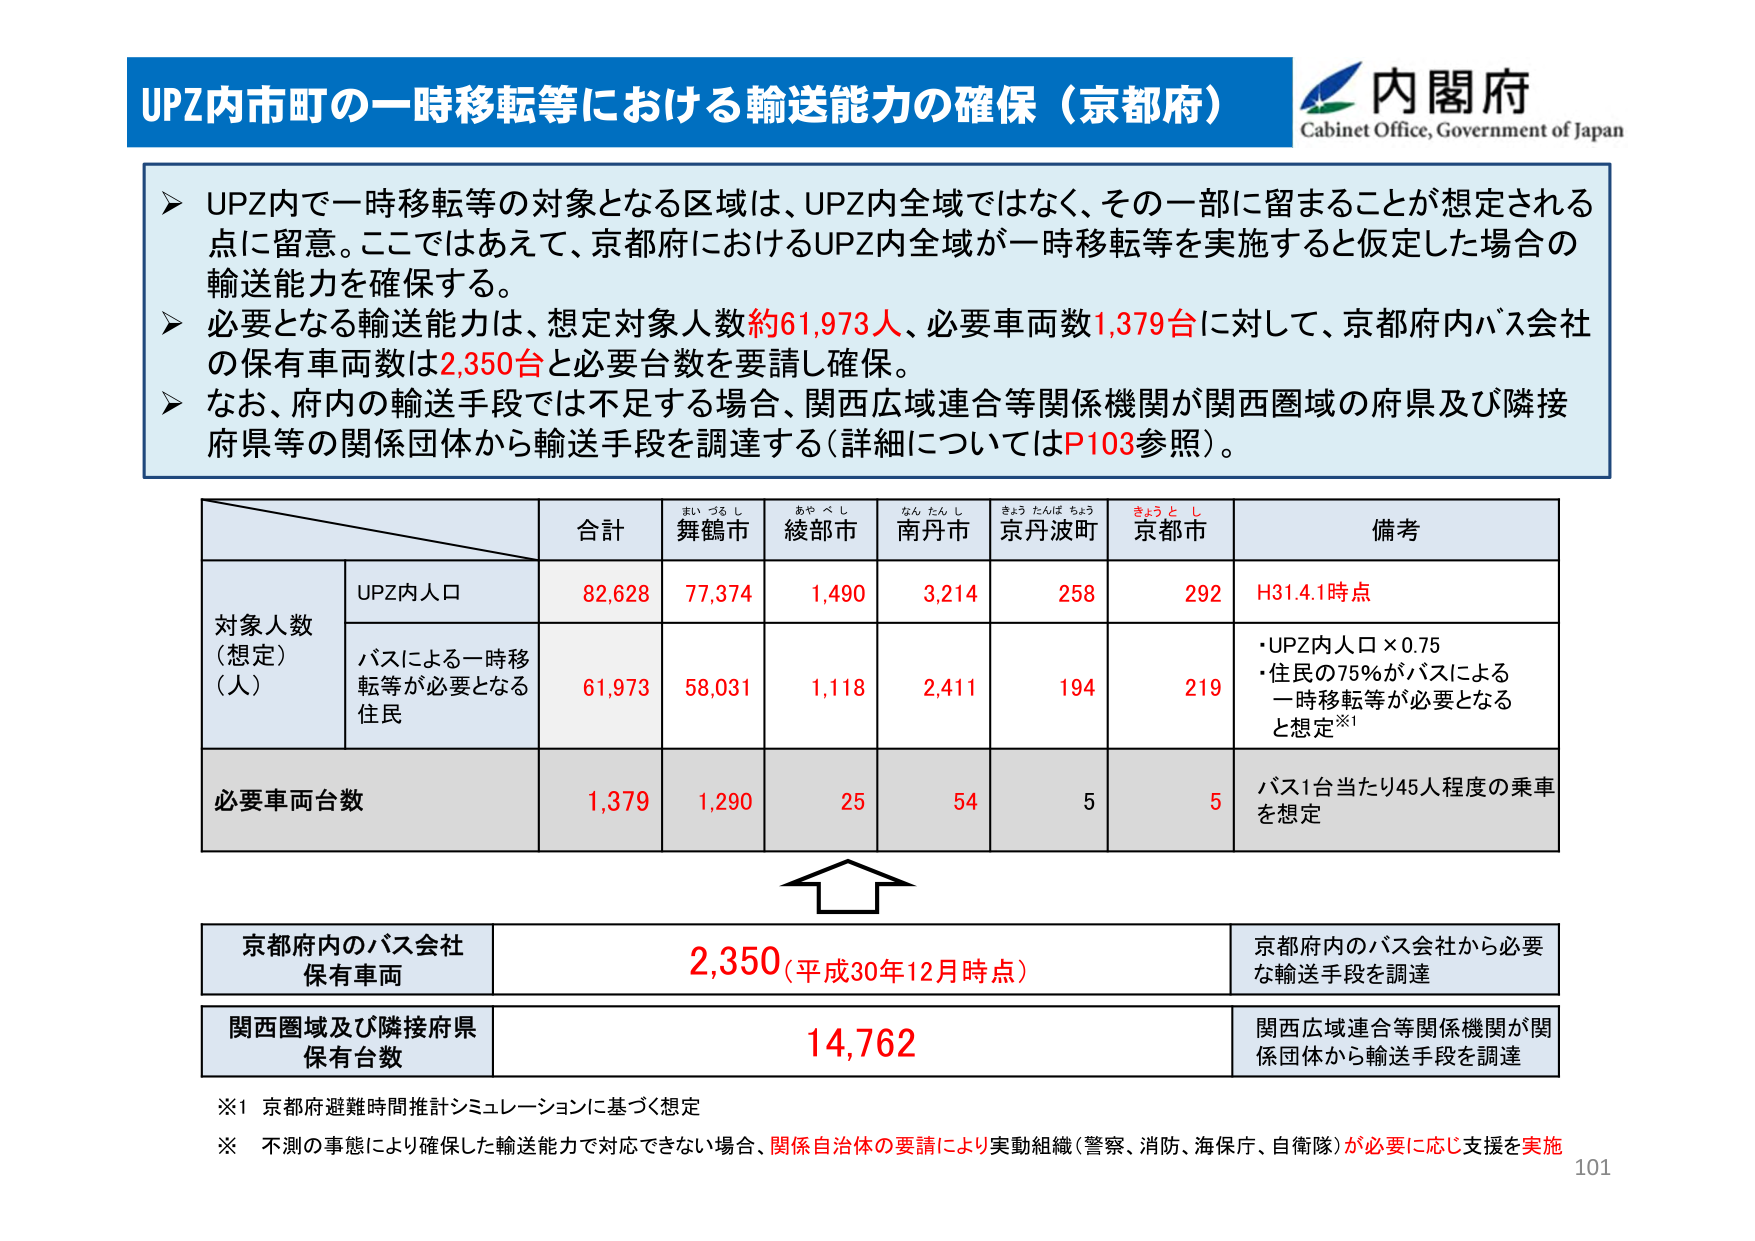
UPZ内市町の一時移転等における輸送能力の確保（京都府）
内閣府
Cabinet Office, Government of Japan

➤ UPZ内で一時移転等の対象となる区域は、UPZ内全域ではなく、その一部に留まることが想定される点に留意。ここではあえて、京都府におけるUPZ内全域が一時移転等を実施すると仮定した場合の輸送能力を確保する。
➤ 必要となる輸送能力は、想定対象人数約61,973人、必要車両数1,379台に対して、京都府内バス会社の保有車両数は2,350台と必要台数を要請し確保。
➤ なお、府内の輸送手段では不足する場合、関西広域連合等関係機関が関西圏域の府県及び隣接府県等の関係団体から輸送手段を調達する（詳細についてはP103参照）。

合計　舞鶴市　綾部市　南丹市　京丹波町　京都市　備考
対象人数（想定）（人）
　UPZ内人口　82,628　77,374　1,490　3,214　258　292　H31.4.1時点
　バスによる一時移転等が必要となる住民　61,973　58,031　1,118　2,411　194　219　・UPZ内人口×0.75